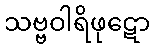
သဗ္ဗဝါရိဖုဋော